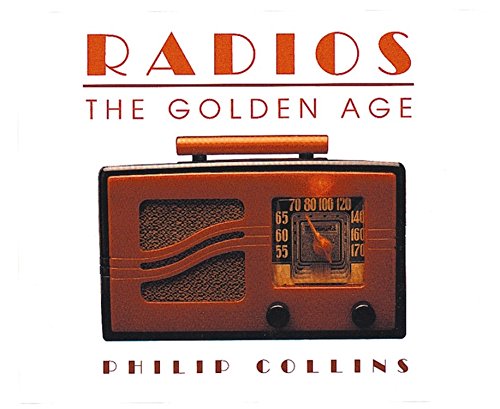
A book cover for Radios: The Golden Age; Philip Collins; Crafts, Hobbies & Home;